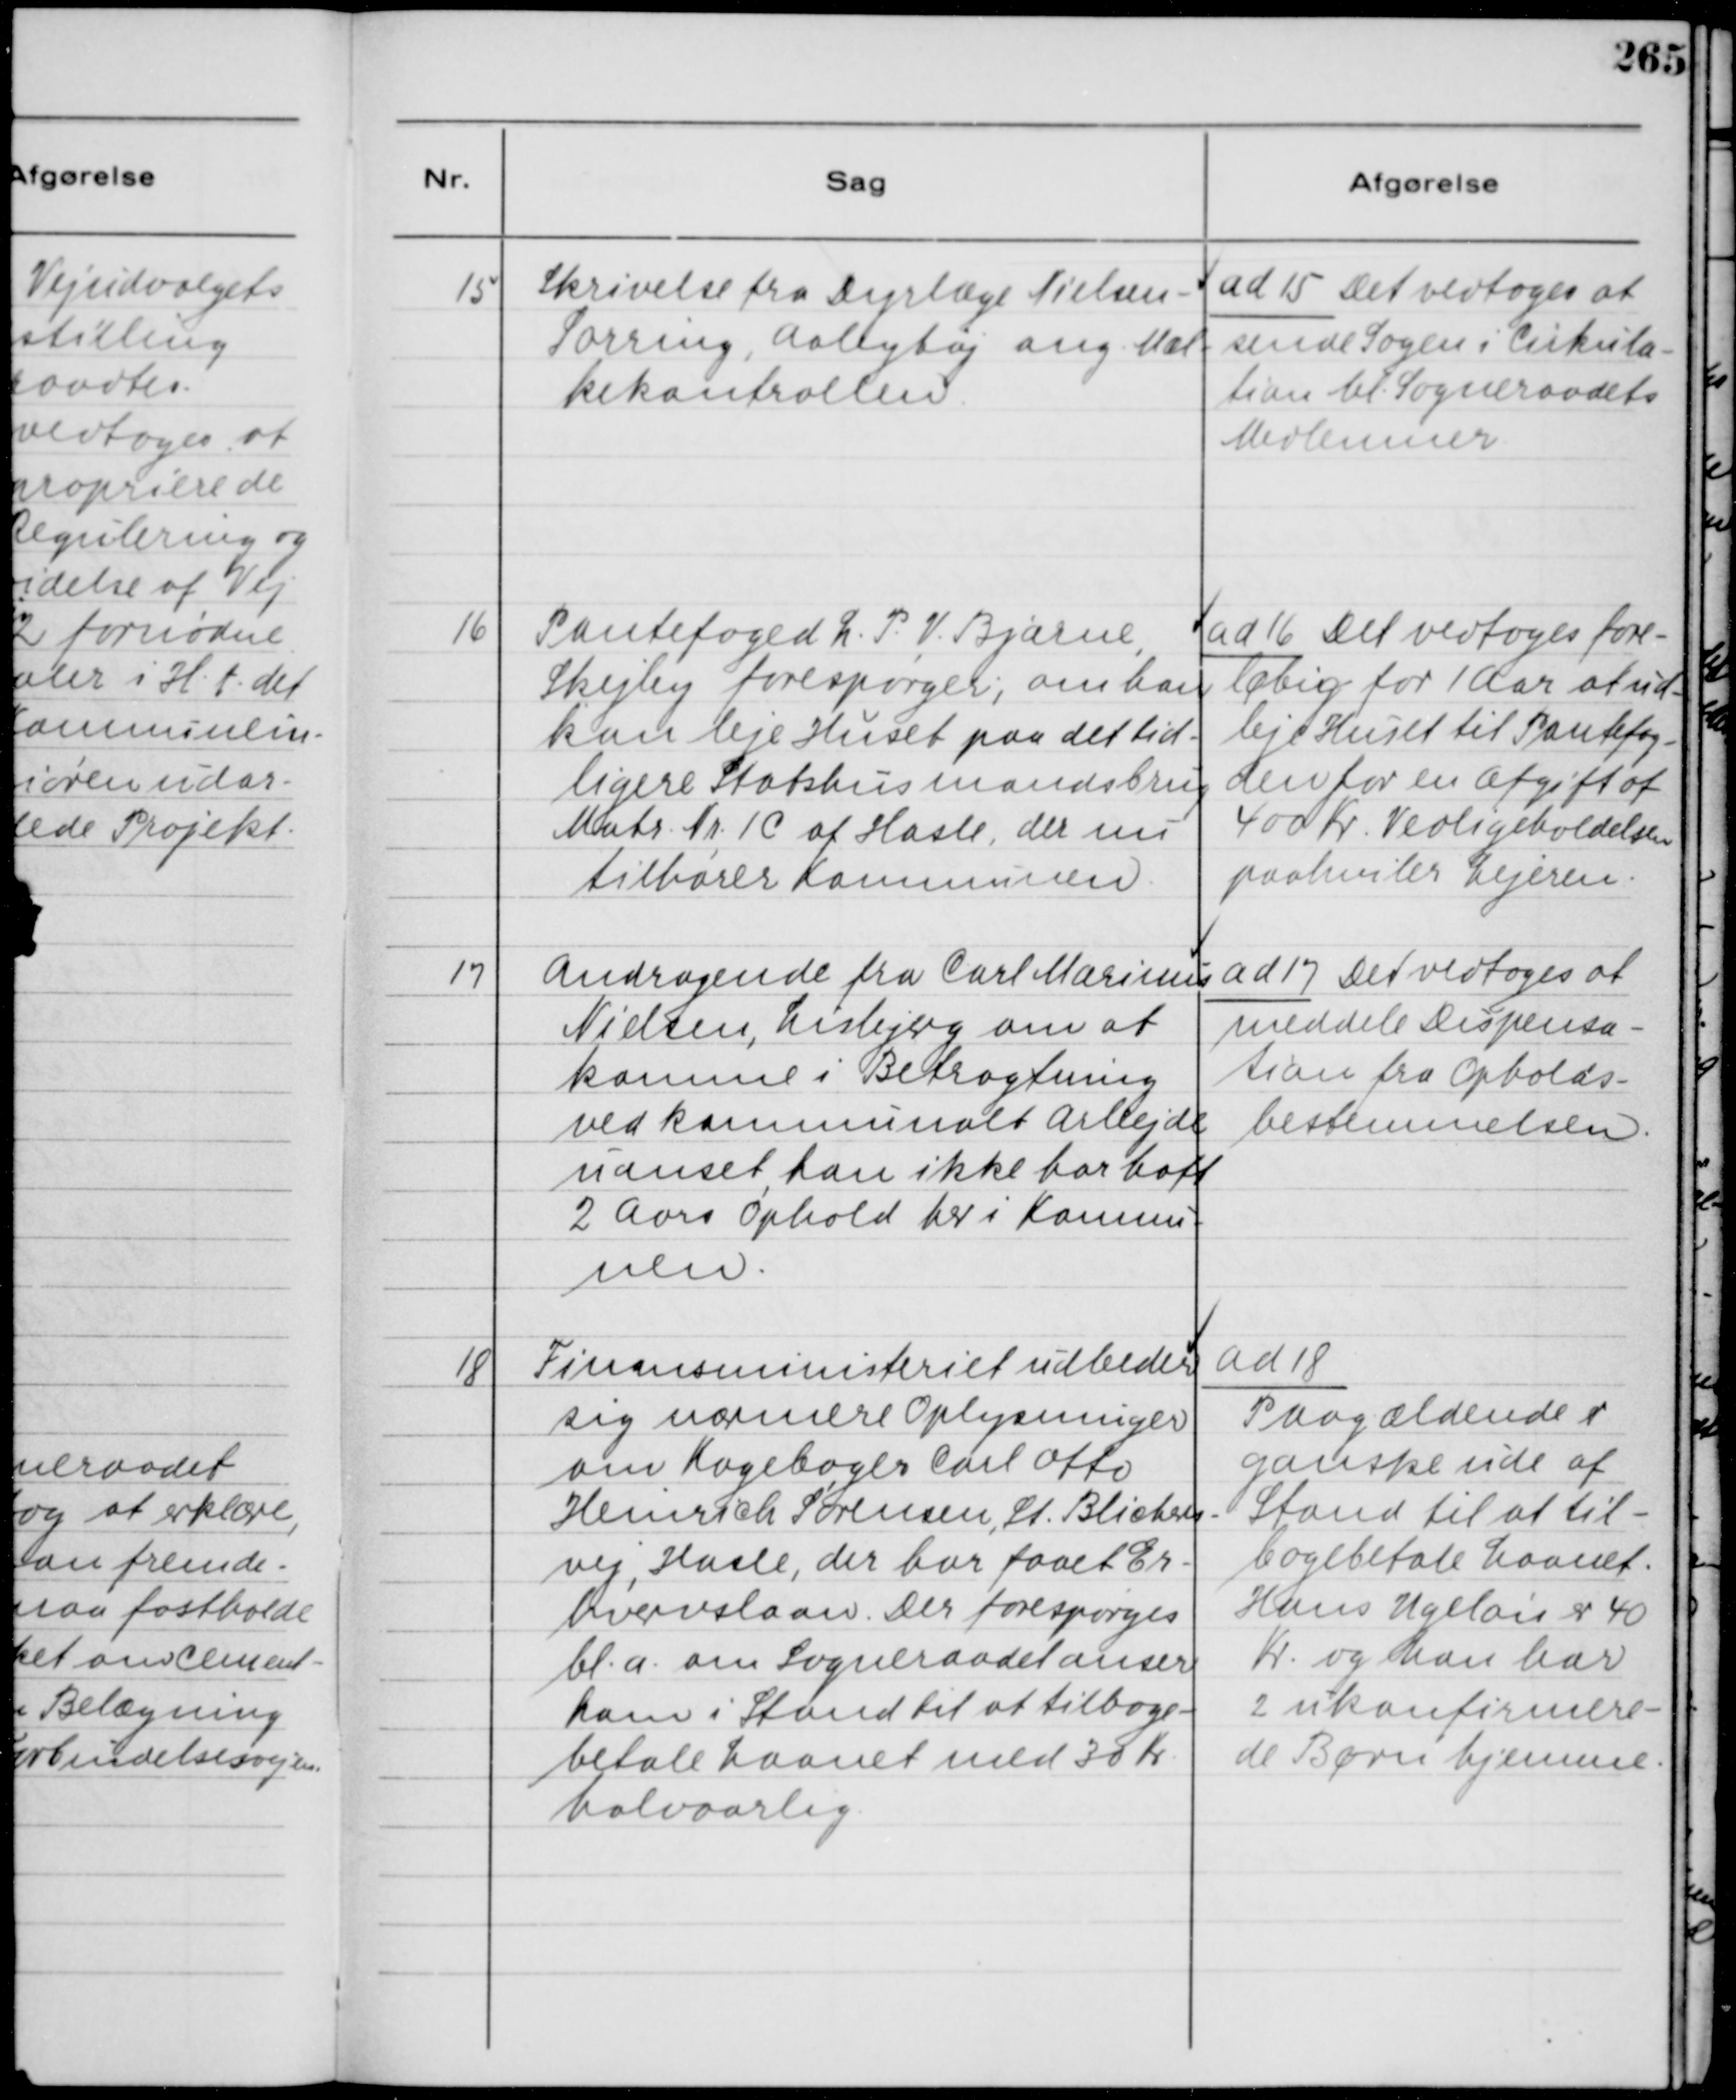
Transskription:
15
Skrivelse fra Dyrlæge Nielsen -
Sorring, Aabyhøj ang. Mæl-
kekontrollen.

ad 15 Det vedtoges at
sende Sagen i Cirkula-
tion bl. Sogneraadets
Medlemner.

16
Pantefoged L. P. V. Bjarne,
Skejby forespørger, om han
kan leje Huset paa det tid-
ligere Statshusmandsbrug
Matr. Nr. 1 C af Hasle, der nu
tilhører Kommunen.

ad 16 Det vedtoges fore-
løbig for 1 Aar at ud-
leje Huset til Pantefog-
den for en Afgift af
400 Kr. Vedligeholdelsen
paahviler Lejeren.

17
Andragende fra Carl Marinus
Nielsen, Lisbjerg om at
komme i Betragtning
ved kommunalt Arbejde
uanset, han ikke har haft
2 Aars Ophold her i Komnu-
nen.

ad 17 Det vedtoges at
meddele Dispensa-
tion fra Opholds-
bestemmelsen.

18
Finansministeriet udbeder
sig nærmere Oplysninger
om Kogebager Carl Otto
Heinrich Sørensen, St. Blichers-
vej, Hasle, der har faaet Er-
hvervslaan. Der forespørges
bl. a. om Sogneraadet anser
ham i Stand til at tilbage-
betale Laanet med 30 Kr.
halvaarlig.

ad 18
Paagældende er
ganske ude af
Stand til at til-
bagebetale Laanet.
Hans Ugeløn er 40
Kr. og han har
2 ukonfirmere-
de Børn hjemme.